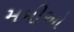
મમીઓ